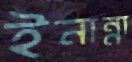
ইনান্না